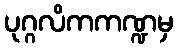
ပုဂ္ဂလိကကဏ္ဍမှ